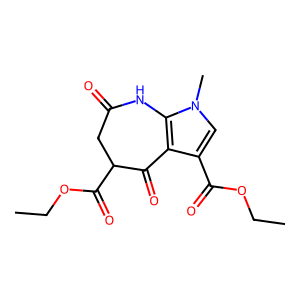
SMILES: CCOC(=O)c1cn(C)c2c1C(=O)C(C(=O)OCC)CC(=O)N2
Inhibits HIV replication: No